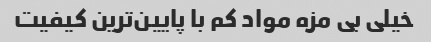
خیلی بی مزه مواد کم با پایین‌ترین کیفیت